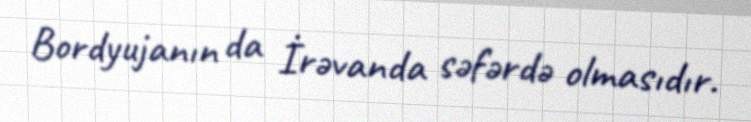
Bordyujanın da İrəvanda səfərdə olmasıdır.